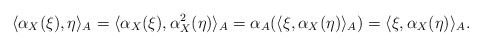
\begin{align*}\langle \alpha_X(\xi), \eta\rangle_A = \langle \alpha_X(\xi), \alpha^2_X(\eta)\rangle_A = \alpha_A(\langle \xi, \alpha_X(\eta)\rangle_A) = \langle \xi, \alpha_X(\eta)\rangle_A.\end{align*}